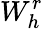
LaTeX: {W}_{h}^{r}